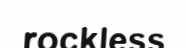
rockless